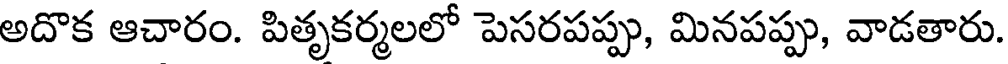
అదొక ఆచారం. పితృకర్మలలో పెసరపప్పు, మినపప్పు, వాడతారు.